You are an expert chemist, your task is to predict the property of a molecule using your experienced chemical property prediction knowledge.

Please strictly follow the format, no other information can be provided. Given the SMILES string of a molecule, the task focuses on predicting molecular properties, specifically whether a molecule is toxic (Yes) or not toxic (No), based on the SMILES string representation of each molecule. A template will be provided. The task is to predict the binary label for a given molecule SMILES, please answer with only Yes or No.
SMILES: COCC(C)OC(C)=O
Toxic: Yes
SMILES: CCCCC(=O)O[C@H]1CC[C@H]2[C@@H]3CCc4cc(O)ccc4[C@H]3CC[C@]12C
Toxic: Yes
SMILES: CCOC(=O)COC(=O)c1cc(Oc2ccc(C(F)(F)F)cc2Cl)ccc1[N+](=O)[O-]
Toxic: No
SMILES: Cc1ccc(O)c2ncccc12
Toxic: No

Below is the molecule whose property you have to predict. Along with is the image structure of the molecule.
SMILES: CC(C)O
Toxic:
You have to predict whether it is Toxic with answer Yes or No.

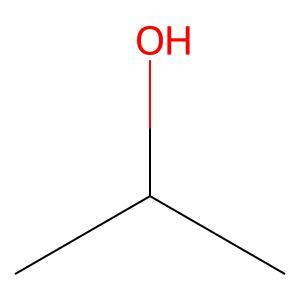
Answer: No